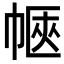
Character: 𢃫